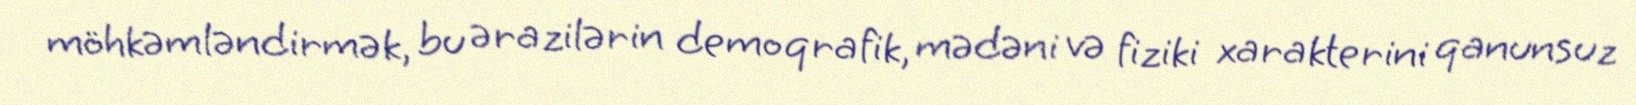
möhkəmləndirmək, bu ərazilərin demoqrafik, mədəni və fiziki xarakterini qanunsuz